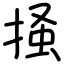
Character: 掻